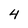
Character: 4